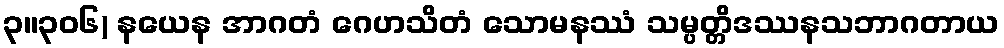
၃။၃၀၆) နယေန အာဂတံ ဂေဟသိတံ သောမနဿံ သမ္ပတ္တိဒဿနသဘာဂတာယ